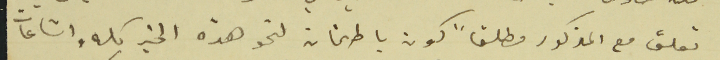
تعلق مع المذكور مطلقاً كون باطمنان لنحو هذه الخبر كله واشاعات